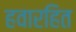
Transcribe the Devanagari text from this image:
हवारहित